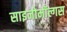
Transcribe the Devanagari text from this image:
साइनोमॉल्गस